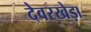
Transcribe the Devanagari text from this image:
देवरखेड़ा